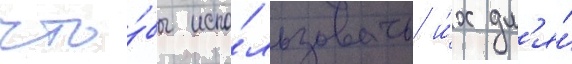
что́бы испо́льзовать и́х дл'я́